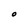
Character: O